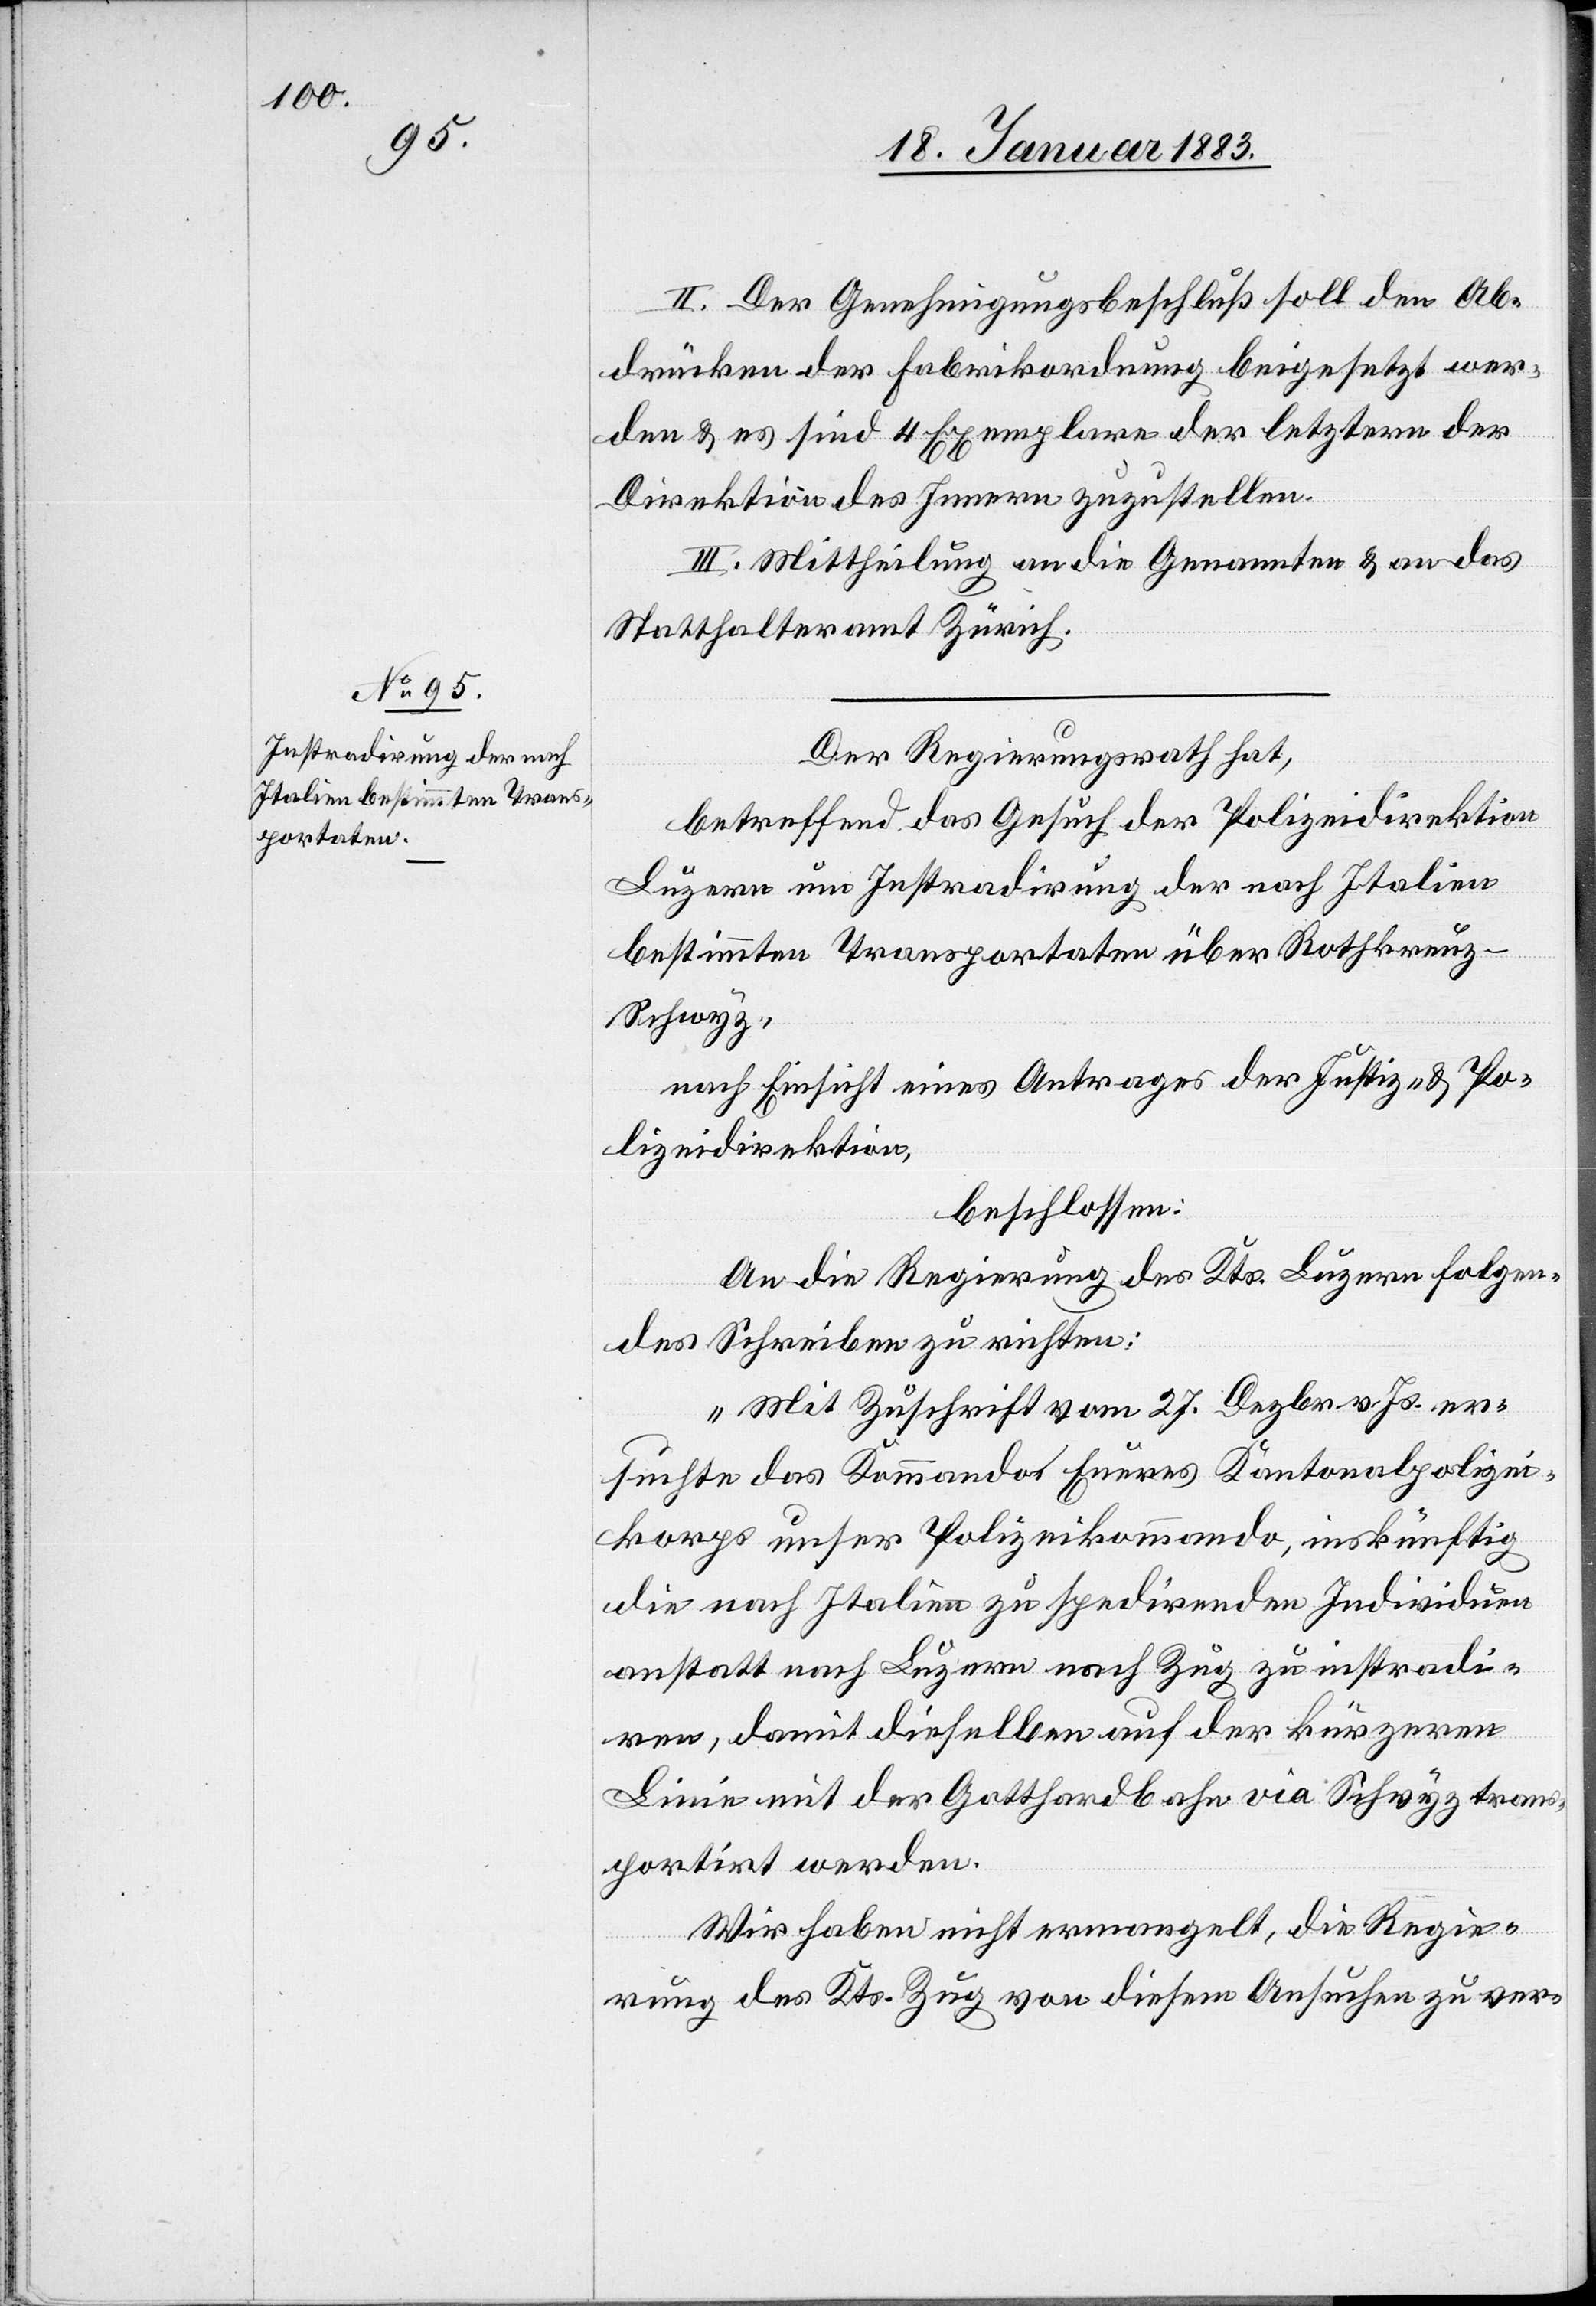
II. Der Genehmigungsbeschluß soll den Ab¬
drücken der Fabrikordnung beigesetzt wer¬
den & es sind 4 Exemplare der letztern der
Direktion des Innern zuzustellen.
III. Mittheilung an die Genannten & an das
Statthalteramt Zürich.
Der Regierungsrath hat,
betreffend das Gesuch der Polizeidirektion
Luzern um Instradirung der nach Italien
bestimmten Transportaten über Rotkreu¬
z–Schwyz,
nach Einsicht eines Antrages der Justiz- & Po¬
lizeidirektion,
beschlossen:
An die Regierung des Kts. Luzern folgen¬
des Schreiben zu richten:
„Mit Zuschrift vom 27. Dezbr. v. Js. er¬
suchte das Kommando Eueres Kantonalpolizei¬
korps unser Polizeikommando, inskünftig
die nach Italien zu spedirenden Individuen
anstatt nach Luzern nach Zug zu instradi¬
ren, damit dieselben auf der kürzeren
Linie mit der Gotthardbahn via Schwyz tran¬
sportirt werden.
Wir haben nicht ermangelt, die Regie¬
rung des Kts. Zug von diesem Ansuchen zu ver-